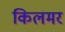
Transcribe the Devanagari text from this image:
किलमर